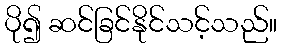
ပို၍ ဆင်ခြင်နိုင်သင့်သည်။